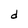
Character: d